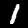
Label: 1